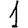
Digit: 1